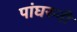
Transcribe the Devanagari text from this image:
पांघरुनी